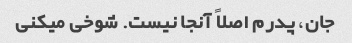
جان، پدرم اصلاً آنجا نیست. شوخی میکنی